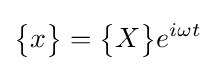
{\begin{Bmatrix}x\end{Bmatrix}}={\begin{Bmatrix}X\end{Bmatrix}}e^{i\omega t}